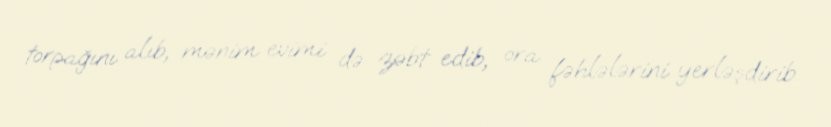
torpağını alıb, mənim evimi də zəbt edib, ora fəhlələrini yerləşdirib.